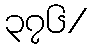
၃၇၆/